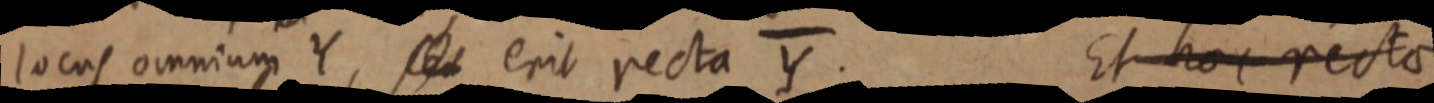
locus omnium Y, seu erit recta Y. Et hoc recta